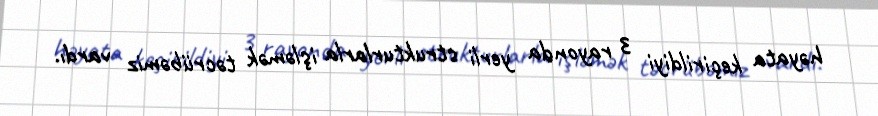
həyata keçirildiyi 3 rayonda yerli strukturlarla işləmək təcrübəmiz vardı.